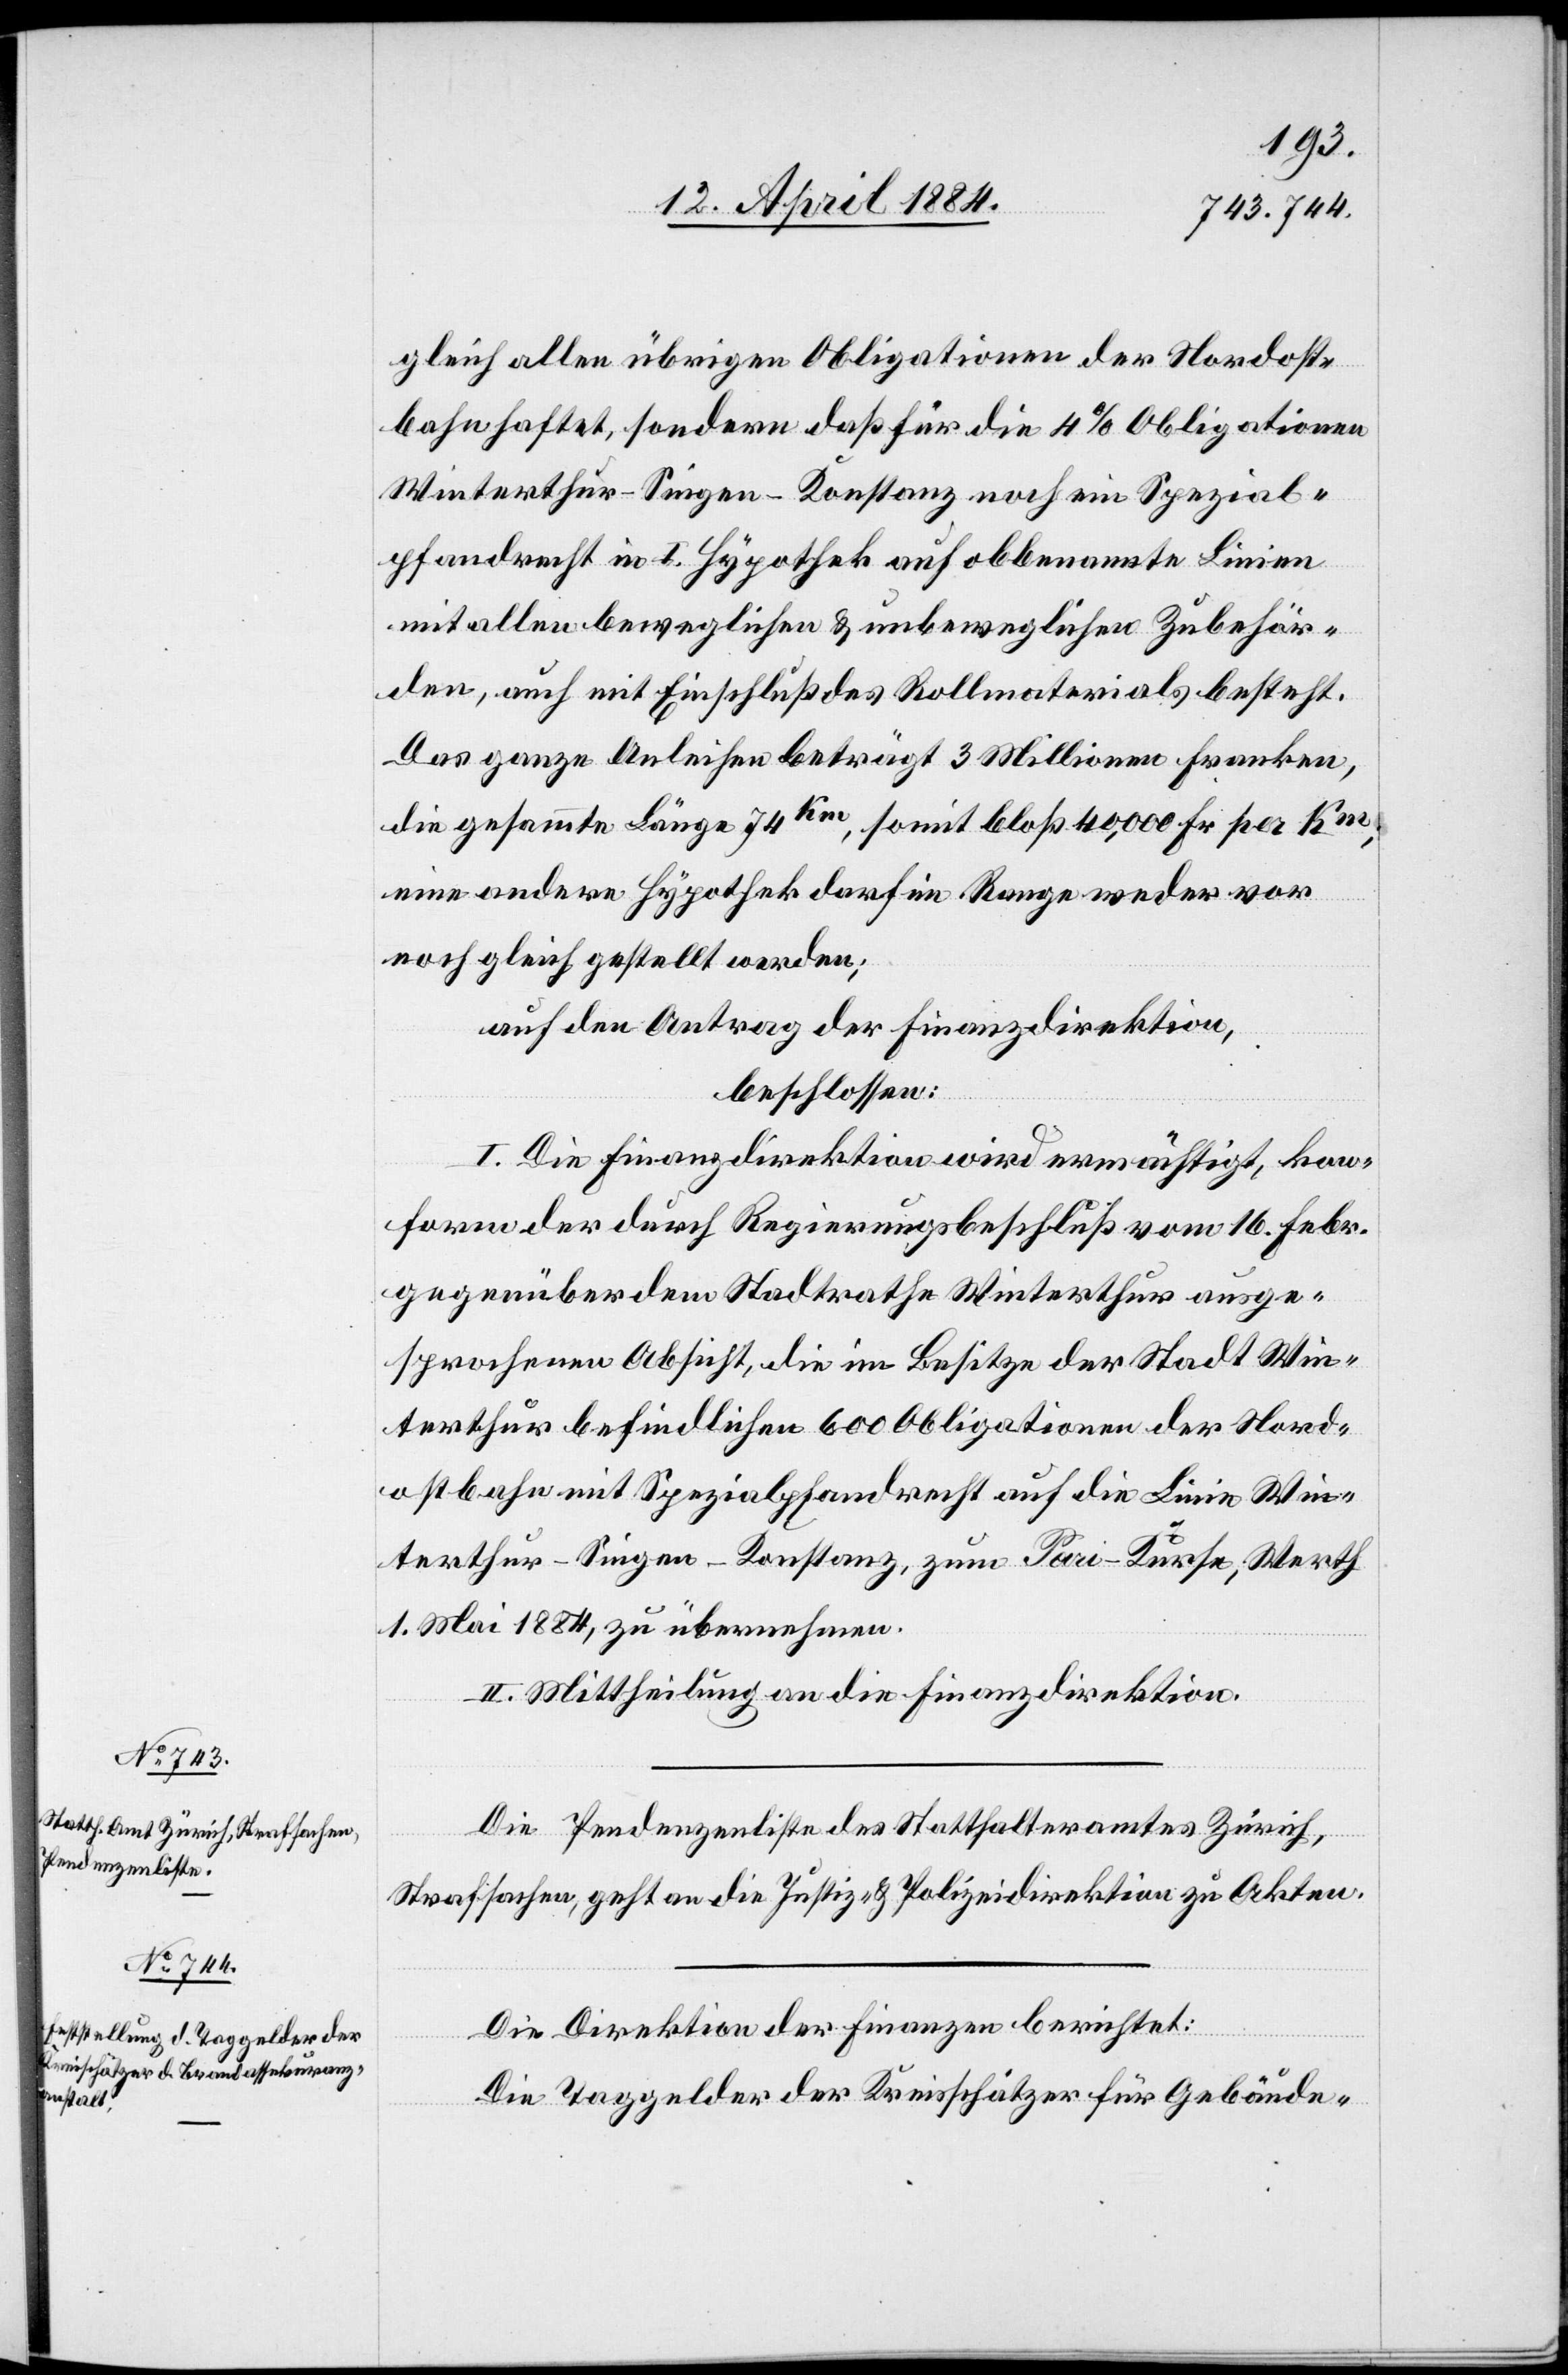
gleich allen übrigen Obligationen der Nordost¬
bahn haftet, sondern daß für die 4% Obligationen
Winterthur–Singen–Konstanz noch ein Spezial¬
pfandrecht in I. Hypothek auf obbenannte Linien
mit allen beweglichen & unbeweglichen Zubehör¬
den, auch mit Einschluß des Rollmaterials besteht.
Das Ganze Anleihen beträgt 3 Millionen Franken,
die gesammte Länge 74km, somit bloß 40,000 Fr. per Km;
eine andere Hypothek darf im Range weder vor
noch gleich gestellt werden;
auf den Antrag der Finanzdirektion,
beschlossen:
I. Die Finanzdirektion wird ermächtigt, kon¬
form der durch Regierungsbeschluß vom 16. Febr.
gegenüber dem Stadtrathe Winterthur ausge¬
sprochenen Absicht, die im Besitze der Stadt Win¬
terthur befindlichen 600 Obligationen der Nord¬
ostbahn mit Spezialpfandrecht auf die Linie Win¬
terthur–Singen–Konstanz, zum Pari-Kurse, Werth
1. Mai 1884, zu übernehmen.
II. Mittheilung an die Finanzdirektion.
Die Pendenzenliste des Statthalteramtes Zürich,
Strafsachen, geht an die Justiz- & Polizeidirektion zu Akten.
Die Direktion der Finanzen berichtet:
Die Taggelder der Kreisschätzer für Gebäude-